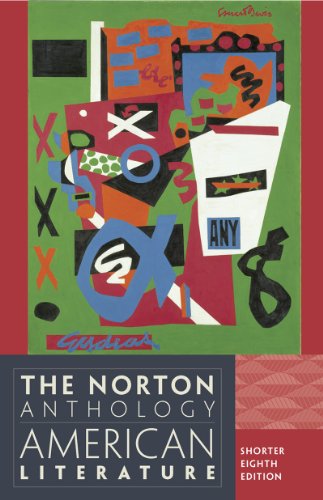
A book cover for The Norton Anthology of American Literature, 8th Edition; Literature & Fiction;